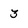
Character: 3